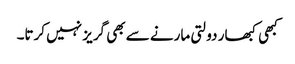
کبھی کبھار دولتی مارنے سے بھی گریز نہیں کرتا۔